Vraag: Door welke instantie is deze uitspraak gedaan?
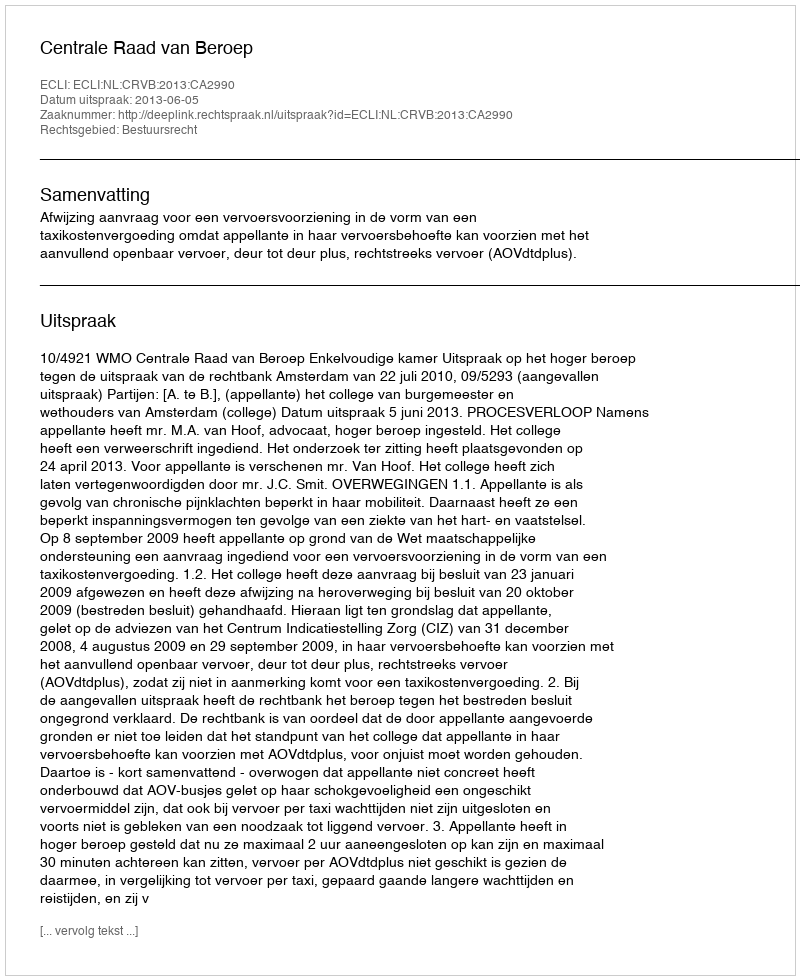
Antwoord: Centrale Raad van Beroep